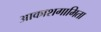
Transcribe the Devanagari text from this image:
आकाशगामिता